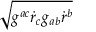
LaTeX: \sqrt { g ^ { a c } { \dot { r } } _ { c } g _ { a b } { \dot { r } } ^ { b } }